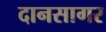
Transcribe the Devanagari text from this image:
दानसागर